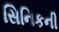
સિનિકની